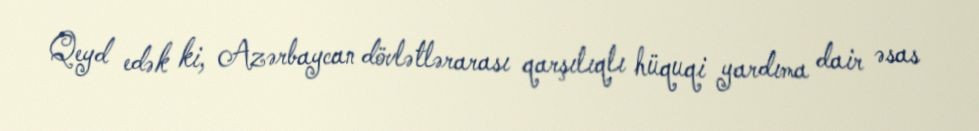
Qeyd edək ki, Azərbaycan dövlətlərarası qarşılıqlı hüquqi yardıma dair əsas